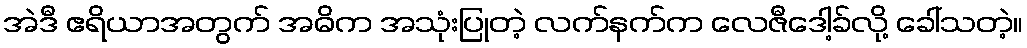
အဲဒီ ဧရိယာအတွက် အဓိက အသုံးပြုတဲ့ လက်နက်က လေဇီဒေါ့ခ်လို့ ခေါ်သတဲ့။